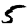
Digit: 5